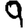
Digit: 9